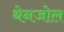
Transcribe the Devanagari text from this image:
थेनजोल